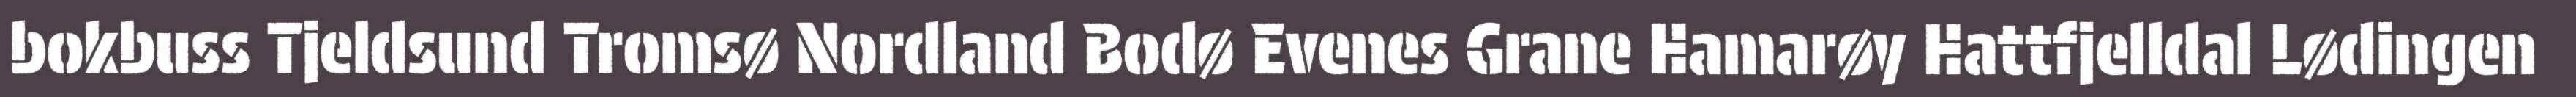
bokbuss Tjeldsund Tromsø Nordland Bodø Evenes Grane Hamarøy Hattfjelldal Lødingen